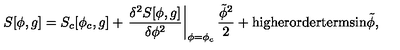
S [ \phi , g ] = S _ { c } [ \phi _ { c } , g ] + \left. \frac { \delta ^ { 2 } S [ \phi , g ] } { \delta \phi ^ { 2 } } \right| _ { \phi = \phi _ { c } } \frac { \tilde { \phi } ^ { 2 } } { 2 } + \mathrm { h i g h e r o r d e r t e r m s i n } \tilde { \phi } , \nonumber